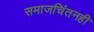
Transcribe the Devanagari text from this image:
समाजचिंतनही